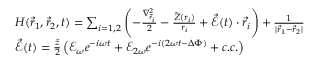
\begin{array} { r l } & { H ( \vec { r } _ { 1 } , \vec { r } _ { 2 } , t ) = \sum _ { i = 1 , 2 } \left( - \frac { \nabla _ { \vec { r } _ { i } } ^ { 2 } } { 2 } - \frac { \tilde { Z } ( r _ { i } ) } { r _ { i } } + \vec { \mathcal { E } } ( t ) \cdot \vec { r } _ { i } \right) + \frac { 1 } { | \vec { r } _ { 1 } - \vec { r } _ { 2 } | } } \\ & { \vec { \mathcal { E } } ( t ) = \frac { \hat { z } } { 2 } \left( \mathcal { E } _ { \omega } e ^ { - i \omega t } + \mathcal { E } _ { 2 \omega } e ^ { - i ( 2 \omega t - \Delta \Phi ) } + c . c . \right) } \end{array}